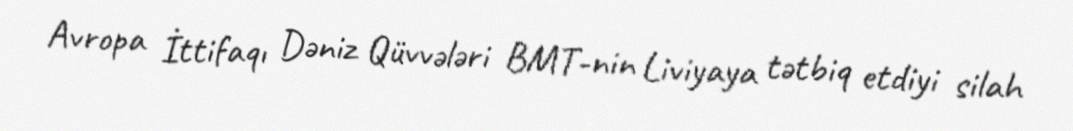
Avropa İttifaqı Dəniz Qüvvələri BMT-nin Liviyaya tətbiq etdiyi silah